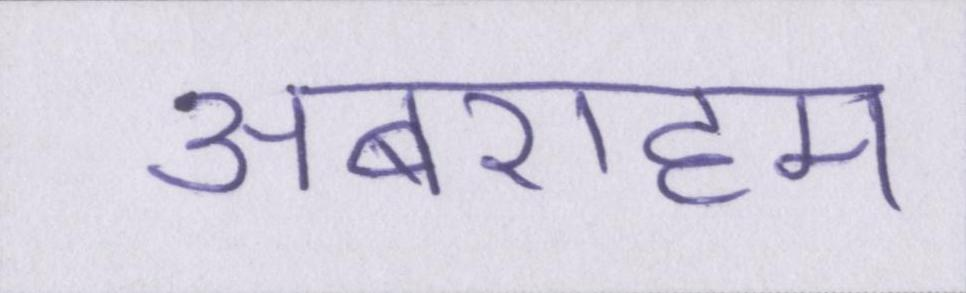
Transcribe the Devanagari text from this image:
अबराहम